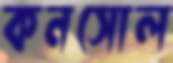
কনসোল